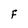
Character: F